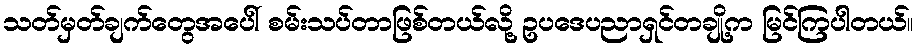
သတ်မှတ်ချက်တွေအပေါ် စမ်းသပ်တာဖြစ်တယ်လို့ ဥပဒေပညာရှင်တချို့က မြင်ကြပါတယ်။